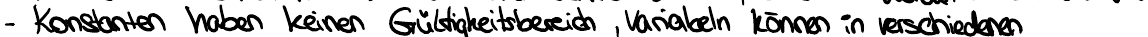
- Konstanten haben keinen Gültigkeitsbereich, Variabeln können in verschiedenen